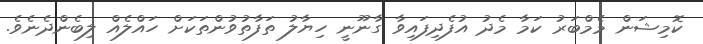
ކޮމިޝަން މެމްބަރު ކަމާ މެދު އުފެދިފައިވާ ގާނޫނީ ހިޔާލު ތަފާތުވުންތަކަށް ހައްލެއް ލިބެންދެނެވެ.